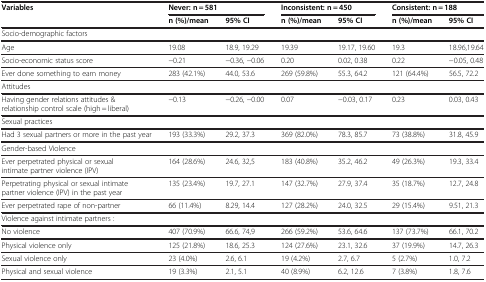
<table><thead><tr><td><b>Variables</b></td><td colspan="2"><b>Never: n = 581</b></td><td colspan="2"><b>Inconsistent: n = 450</b></td><td colspan="2"><b>Consistent: n = 188</b></td></tr><tr><td><b> </b></td><td><b>n (%)/mean</b></td><td><b>95% CI</b></td><td><b>n (%)/mean</b></td><td><b>95% CI</b></td><td><b>n (%)/mean</b></td><td><b>95% CI</b></td></tr></thead><tbody><tr><td>Socio-demographic factors</td><td> </td><td> </td><td> </td><td> </td><td> </td><td> </td></tr><tr><td>Age</td><td>19.08</td><td>18.9, 19.29</td><td>19.39</td><td>19.17, 19.60</td><td>19.3</td><td>18.96,19.64</td></tr><tr><td>Socio-economic status score</td><td>−0.21</td><td>−0.36, −0.06</td><td>0.20</td><td>0.02, 0.38</td><td>0.22</td><td>−0.05, 0.48</td></tr><tr><td>Ever done something to earn money</td><td>283 (42.1%)</td><td>44.0, 53.6</td><td>269 (59.8%)</td><td>55.3, 64.2</td><td>121 (64.4%)</td><td>56.5, 72.2</td></tr><tr><td>Attitudes</td><td> </td><td> </td><td> </td><td> </td><td> </td><td> </td></tr><tr><td>Having gender relations attitudes &amp; relationship control scale (high = liberal)</td><td>−0.13</td><td>−0.26, −0.00</td><td>0.07</td><td>−0.03, 0.17</td><td>0.23</td><td>0.03, 0.43</td></tr><tr><td>Sexual practices</td><td> </td><td> </td><td> </td><td> </td><td> </td><td> </td></tr><tr><td>Had 3 sexual partners or more in the past year</td><td>193 (33.3%)</td><td>29.2, 37.3</td><td>369 (82.0%)</td><td>78.3, 85.7</td><td>73 (38.8%)</td><td>31.8, 45.9</td></tr><tr><td>Gender-based Violence</td><td> </td><td> </td><td> </td><td> </td><td> </td><td> </td></tr><tr><td>Ever perpetrated physical or sexual intimate partner violence (IPV)</td><td>164 (28.6%)</td><td>24.6, 32,5</td><td>183 (40.8%)</td><td>35.2, 46.2</td><td>49 (26.3%)</td><td>19.3, 33.4</td></tr><tr><td>Perpetrating physical or sexual intimate partner violence (IPV) in the past year</td><td>135 (23.4%)</td><td>19.7, 27.1</td><td>147 (32.7%)</td><td>27.9, 37.4</td><td>35 (18.7%)</td><td>12.7, 24.8</td></tr><tr><td>Ever perpetrated rape of non-partner</td><td>66 (11.4%)</td><td>8.29, 14.4</td><td>127 (28.2%)</td><td>24.0, 32.5</td><td>29 (15.4%)</td><td>9.51, 21.3</td></tr><tr><td>Violence against intimate partners :</td><td> </td><td> </td><td> </td><td> </td><td> </td><td> </td></tr><tr><td>No violence</td><td>407 (70.9%)</td><td>66.6, 74,9</td><td>266 (59.2%)</td><td>53.6, 64.6</td><td>137 (73.7%)</td><td>66.1, 70.2</td></tr><tr><td>Physical violence only</td><td>125 (21.8%)</td><td>18.6, 25.3</td><td>124 (27.6%)</td><td>23.1, 32.6</td><td>37 (19.9%)</td><td>14.7, 26.3</td></tr><tr><td>Sexual violence only</td><td>23 (4.0%)</td><td>2.6, 6.1</td><td>19 (4.2%)</td><td>2.7, 6.7</td><td>5 (2.7%)</td><td>1.0, 7.2</td></tr><tr><td>Physical and sexual violence</td><td>19 (3.3%)</td><td>2.1, 5.1</td><td>40 (8.9%)</td><td>6.2, 12.6</td><td>7 (3.8%)</td><td>1.8, 7.6</td></tr></tbody></table>